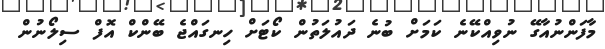
މާފަންނުއާގޭ ނުވިއްކޭނެ ކަމަށް ބުނެ ދައުލަތުން ކޯޓަށް ހިނގައްޖެ ބޭންކް އޮފް ސިލޯނުން